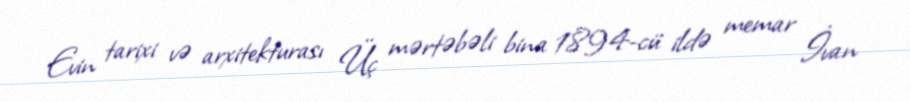
Evin tarixi və arxitekturası Üç mərtəbəli bina 1894-cü ildə memar İvan